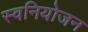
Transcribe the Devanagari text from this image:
स्वनियोजन